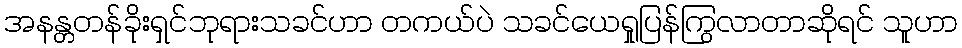
အနန္တတန်ခိုးရှင်ဘုရားသခင်ဟာ တကယ်ပဲ သခင်ယေရှုပြန်ကြွလာတာဆိုရင် သူဟာ